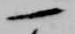
一